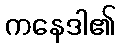
ကနေဒါ၏